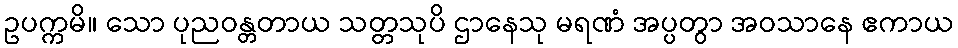
ဥပက္ကမိ။ သော ပုညဝန္တတာယ သတ္တသုပိ ဌာနေသု မရဏံ အပ္ပတွာ အဝသာနေ ဧကာယ